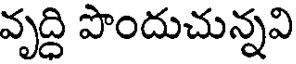
వృద్ధి పొందుచున్నవి